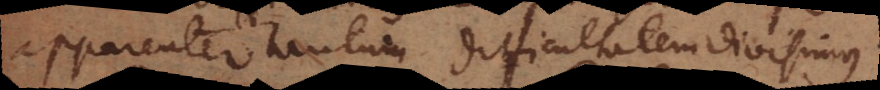
apparenter tantum difficultatem divisimus.